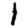
Digit: 1